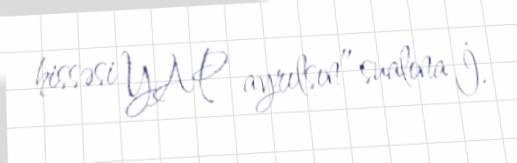
hissəsi YAP ayrılsın” sualına İ.